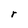
Character: r